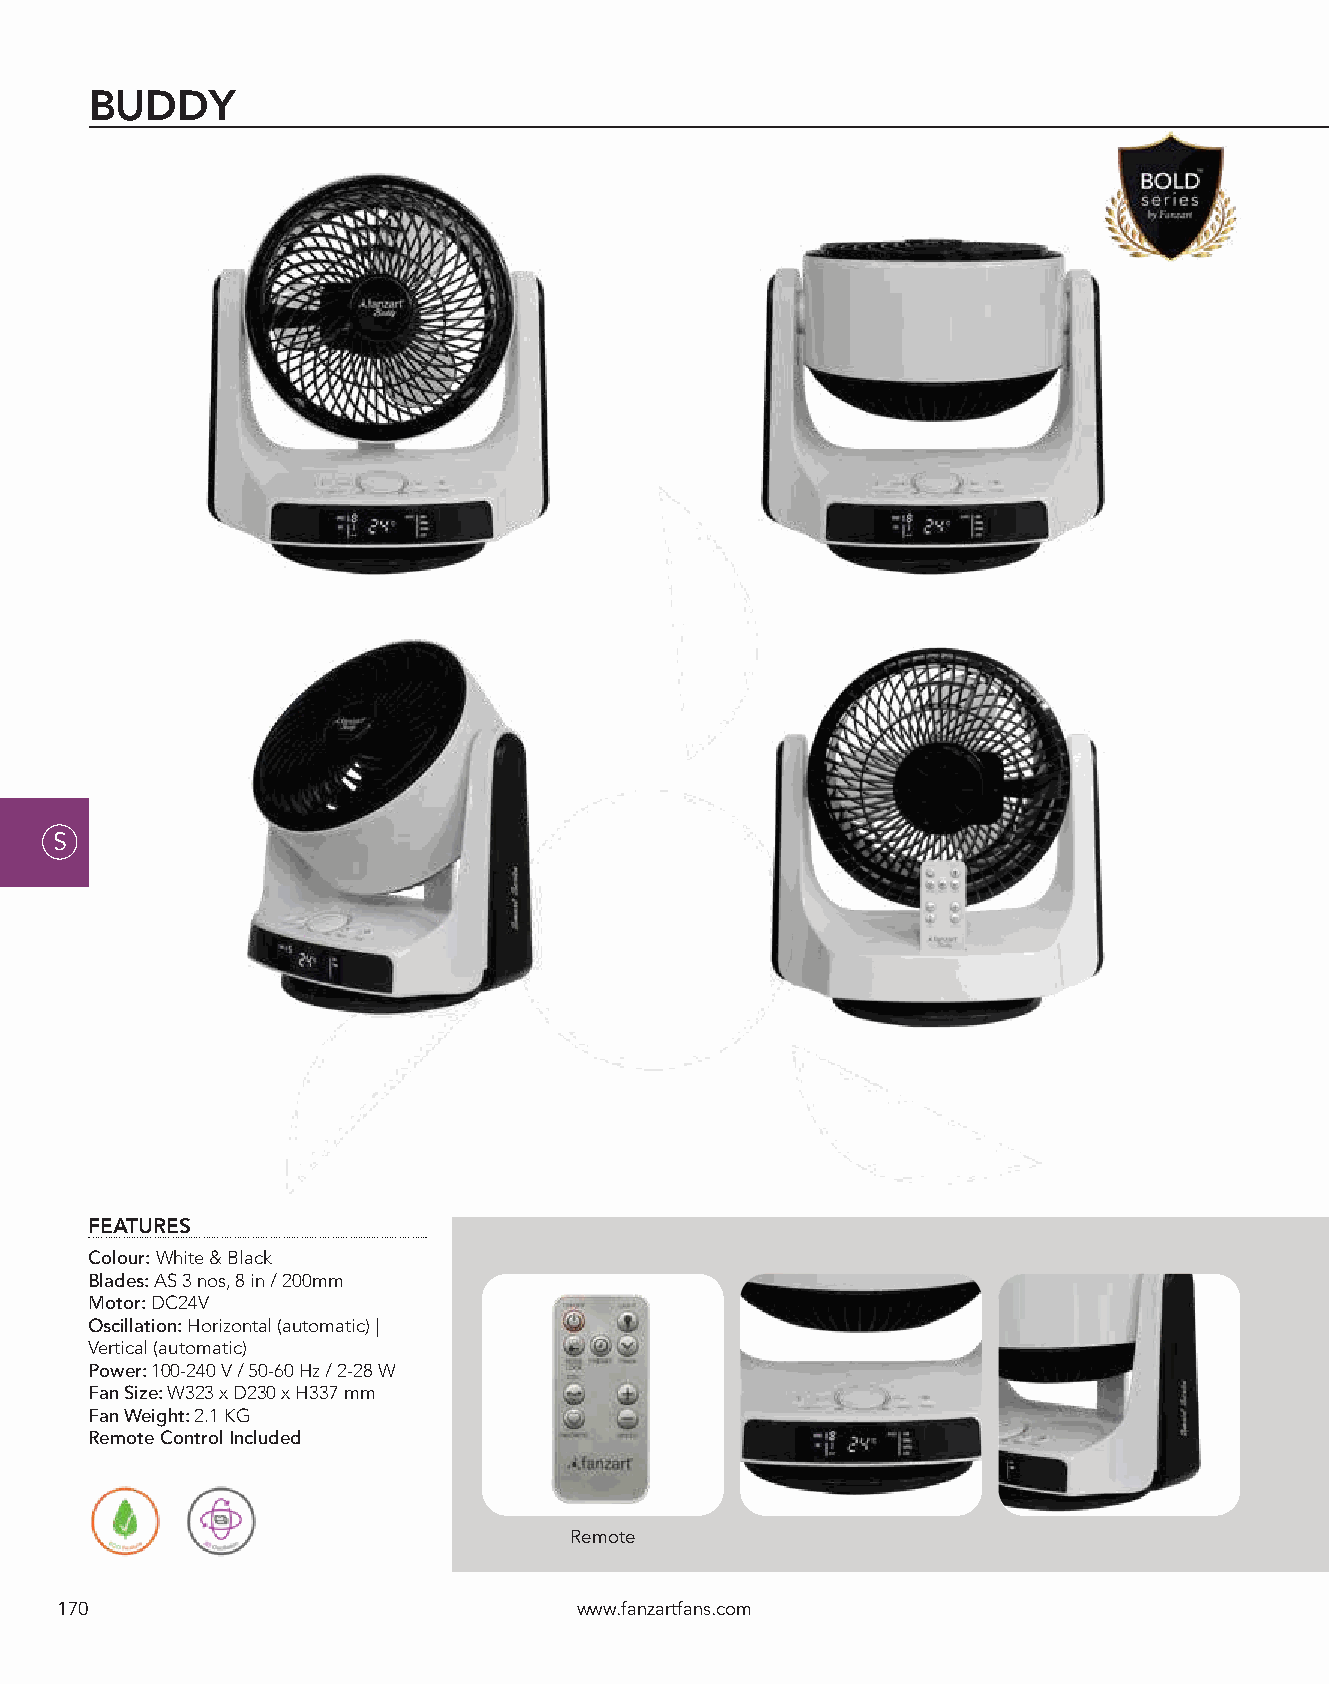
BUDDY
 S
 FEATURES
 Colour: White & Black
 Blades: AS 3 nos, 8 in / 200mm
 Motor: DC24V
 Oscillation: Horizontal (automatic) |
 Vertical (automatic)
 Power: 100-240 V / 50-60 Hz / 2-28 W
 Fan Size: W323 x D230 x H337 mm
 Fan Weight: 2.1 KG
 Remote Control Included
 Remote
 170                               www.fanzartfans.com